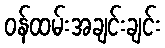
ဝန်ထမ်းအချင်းချင်း